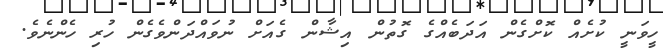
ހީވަނީ ކުށެއް ކޮށްގެން އަދަބެއްގެ ގޮތުން އިޝާން ގެއަށް ނުވައްދަންވެގެން ހުރި ހެންނެވެ.